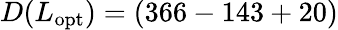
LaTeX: D(L_{\mathrm{opt}})=(366-143+20)